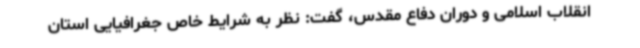
انقلاب اسلامی و دوران دفاع مقدس، گفت: نظر به شرایط خاص جغرافیایی استان